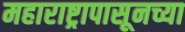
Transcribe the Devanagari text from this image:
महाराष्ट्रापासूनच्या